Leprosy in India: report of the Leprosy Commission in India, 1890-91
Year: 1890
Disease focus: Leprosy
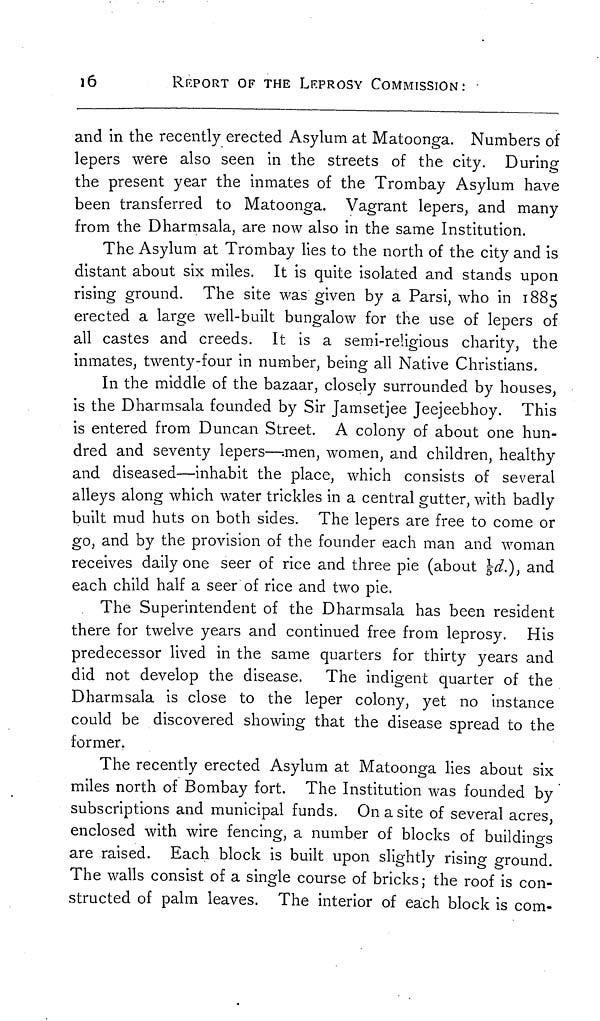
1ó
REPORT OF THE LEPROSY COMMISSION:
and in the recently erected Asylum at Matoonga. Numbers of
lepers were also seen in the streets of the city. During
the present year the inmates of the Trombay Asylum have
been transferred to Matoonga. Vagrant lepers, and many
from the Dharmsala, are now also in the same Institution.
The Asylum at Trombay lies to the north of the city and is
distant about six miles. It is quite isolated and stands upon
rising ground. The site was given by a Parsi, who in 1885
erected a large well-built bungalow for the use of lepers of
all castes and creeds. It is a semi-religious charity, the
inmates, twenty-four in number, being all Native Christians.
In the middle of the bazaar, closely surrounded by houses,
is the Dharmsala founded by Sir Jamsetjee Jeejeebhoy. This
is entered from Duncan Street. A colony of about one hun-
dred and seventy lepers—-.men, women, and children, healthy
and diseased—inhabit the place, which consists of several
alleys along which water trickles in a central gutter, with badly
built mud huts on both sides. The lepers are free to come or
go, and by the provision of the founder each man and woman
receives daily one seer of rice and three pie (about d.), and
each child half a seer of rice and two pie.
The Superintendent of the Dharmsala has been resident
there for twelve years and continued free from leprosy. His
predecessor lived in the same quarters for thirty years and
did not develop the disease. The indigent quarter of the
Dharmsala is close to the leper colony, yet no instance
could be discovered showing that the disease spread to the
former.
The recently erected Asylum at Matoonga lies about six
miles north of Bombay fort. The Institution was founded by
subscriptions and municipal funds. On a site of several acres,
enclosed with wire fencing, a number of blocks of buildings
are raised. Each block is built upon slightly rising ground.
The walls consist of a single course of bricks ; the roof is con-
structed of palm leaves. The interior of each block is com-